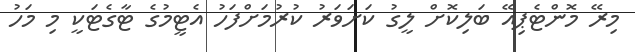
މިރޭ މޮންޓެޕިއޭ ބަލިކޮށް ލީގު ކަށަވަރު ކުރުމަށްފަހު އެޓީމުގެ ޓާގެޓަކީ މި މަހު